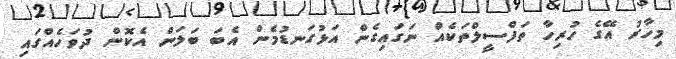
މިހާރު އޭގެ ހުރިހާ ތަފްސީލްތަކެއް ނަގައިގެން އަޅުގަނޑުމެން އެބަ ބަލަން އެކޮން ދުވަހެއްގައި